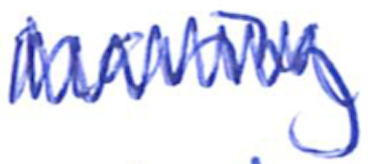
Text: having
Cross-out: zig-zag
Writing tool: ballpoint